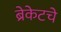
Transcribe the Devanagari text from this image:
ब्रेकेटचे